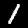
Label: 1